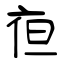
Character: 亱